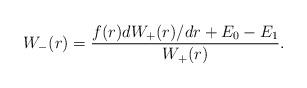
LaTeX: \begin{align*} W_-(r) = \frac{f(r) dW_+(r)/dr + E_0 - E_1}{W_+(r)}. \end{align*}